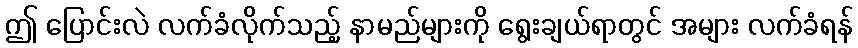
ဤ ပြောင်းလဲ လက်ခံလိုက်သည့် နာမည်များကို ရွေးချယ်ရာတွင် အများ လက်ခံရန်